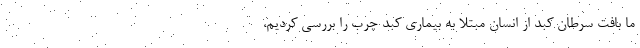
ما بافت سرطان کبد از انسان مبتلا به بیماری کبد چرب را بررسی کردیم،